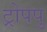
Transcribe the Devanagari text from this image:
ट्रोपपु